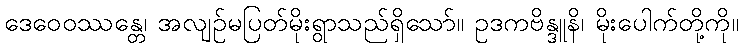
ဒေဝေဝဿန္တေ၊ အလျဉ်မပြတ်မိုးရွာသည်ရှိသော်။ ဥဒကဗိန္ဒူနိ၊ မိုးပေါက်တို့ကို။